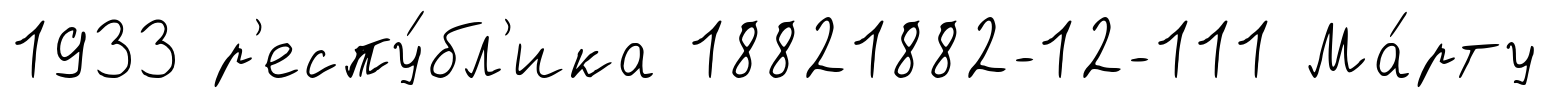
1933 р'еспу́бл'ика 18821882-12-111 Ма́рту